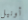
أونيل